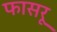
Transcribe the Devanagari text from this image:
फासरू